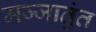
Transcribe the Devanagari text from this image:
मज्जातुंत